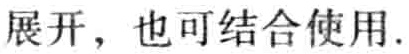
展开，也可结合使用.